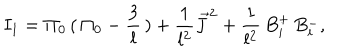
I _ { 1 } = \Pi _ { 0 } \, ( \, \Pi _ { 0 } - \frac { 3 } { l } \, ) + \frac { 1 } { l ^ { 2 } } \vec { J } ^ { 2 } + \frac { 1 } { l ^ { 2 } } \, B _ { i } ^ { + } \, B _ { i } ^ { - } ,